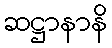
ဆဋ္ဌာနာနိ